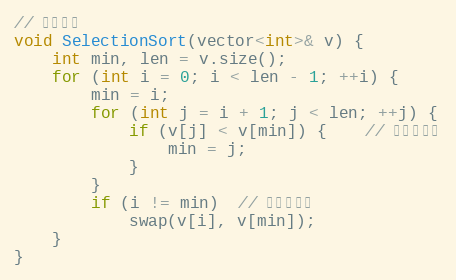
Language: C
// 选择排序
void SelectionSort(vector<int>& v) {
	int min, len = v.size();
	for (int i = 0; i < len - 1; ++i) {
		min = i;
		for (int j = i + 1; j < len; ++j) {
			if (v[j] < v[min]) {    // 标记最小的
				min = j;
			}
		}
		if (i != min)  // 交换到前面
			swap(v[i], v[min]);
	}
}